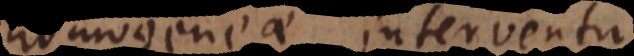
homogeneae interventu